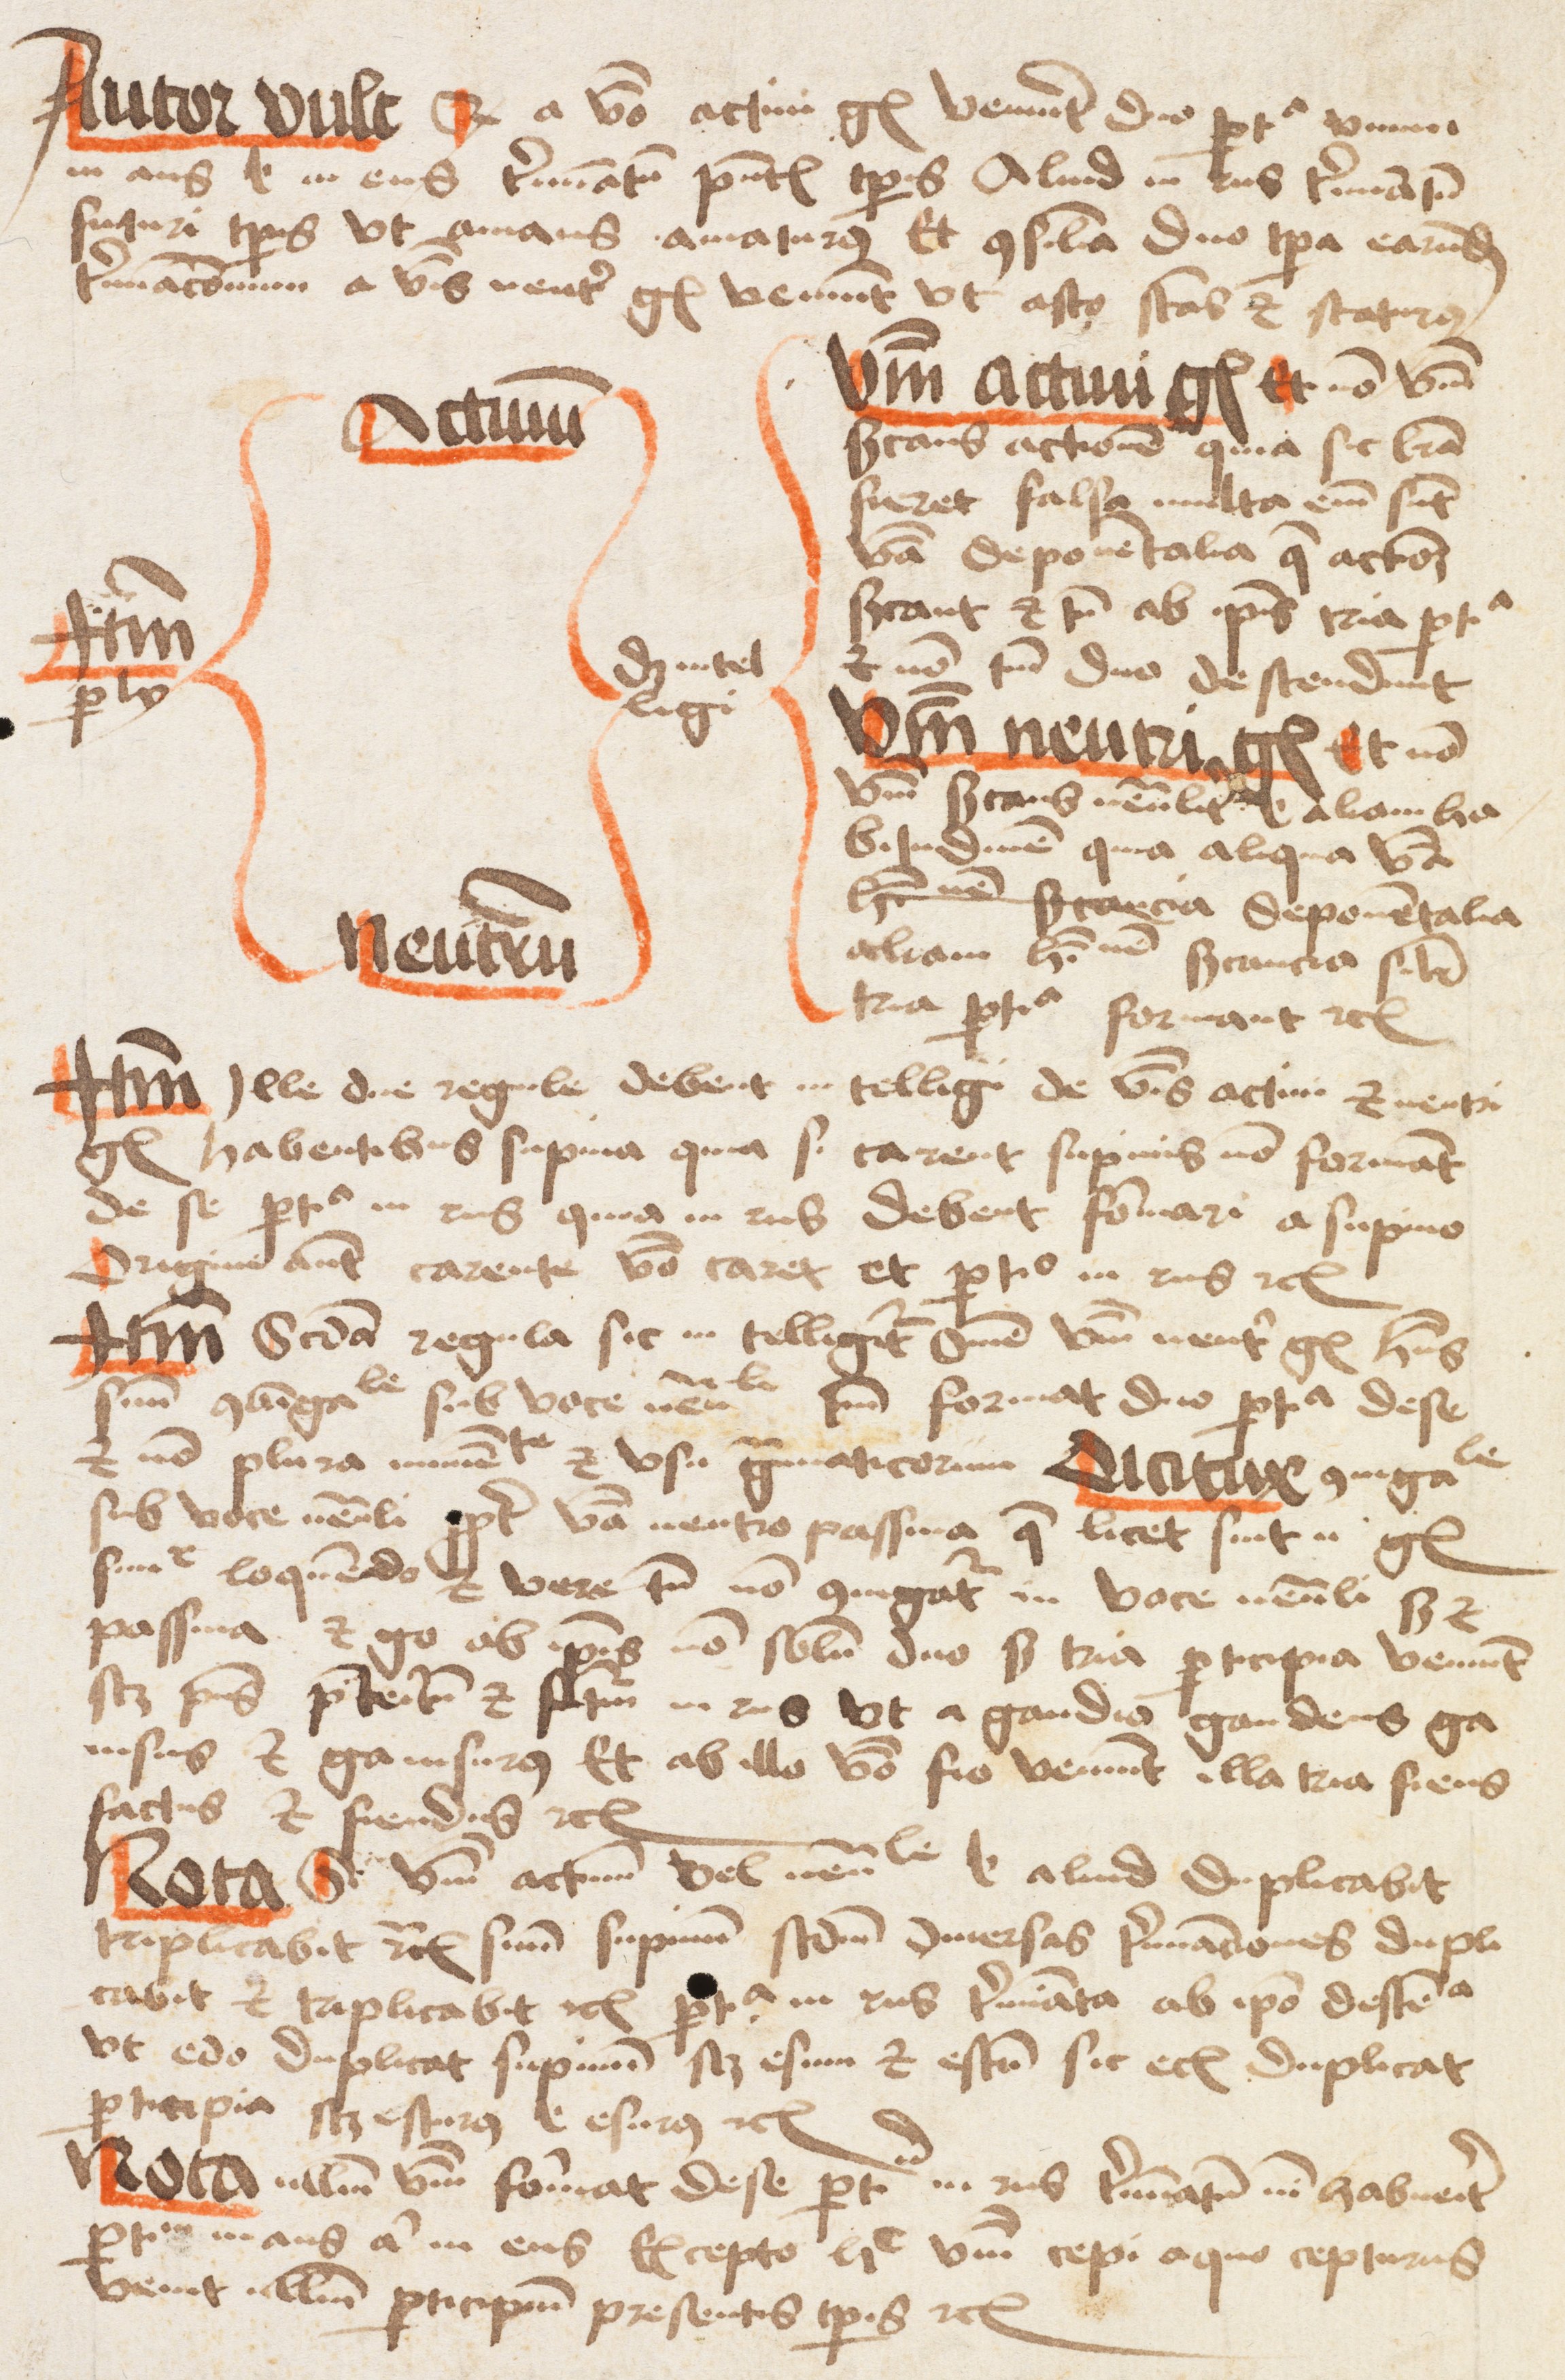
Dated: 1475–1499